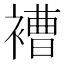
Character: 褿